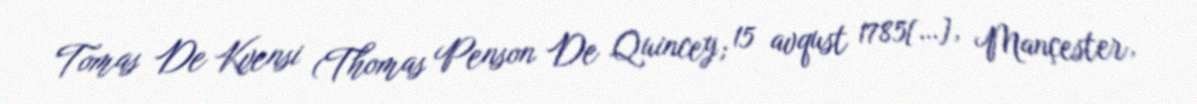
Tomas De Kvensi (Thomas Penson De Quincey; 15 avqust 1785[…], Mançester,